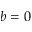
b = 0